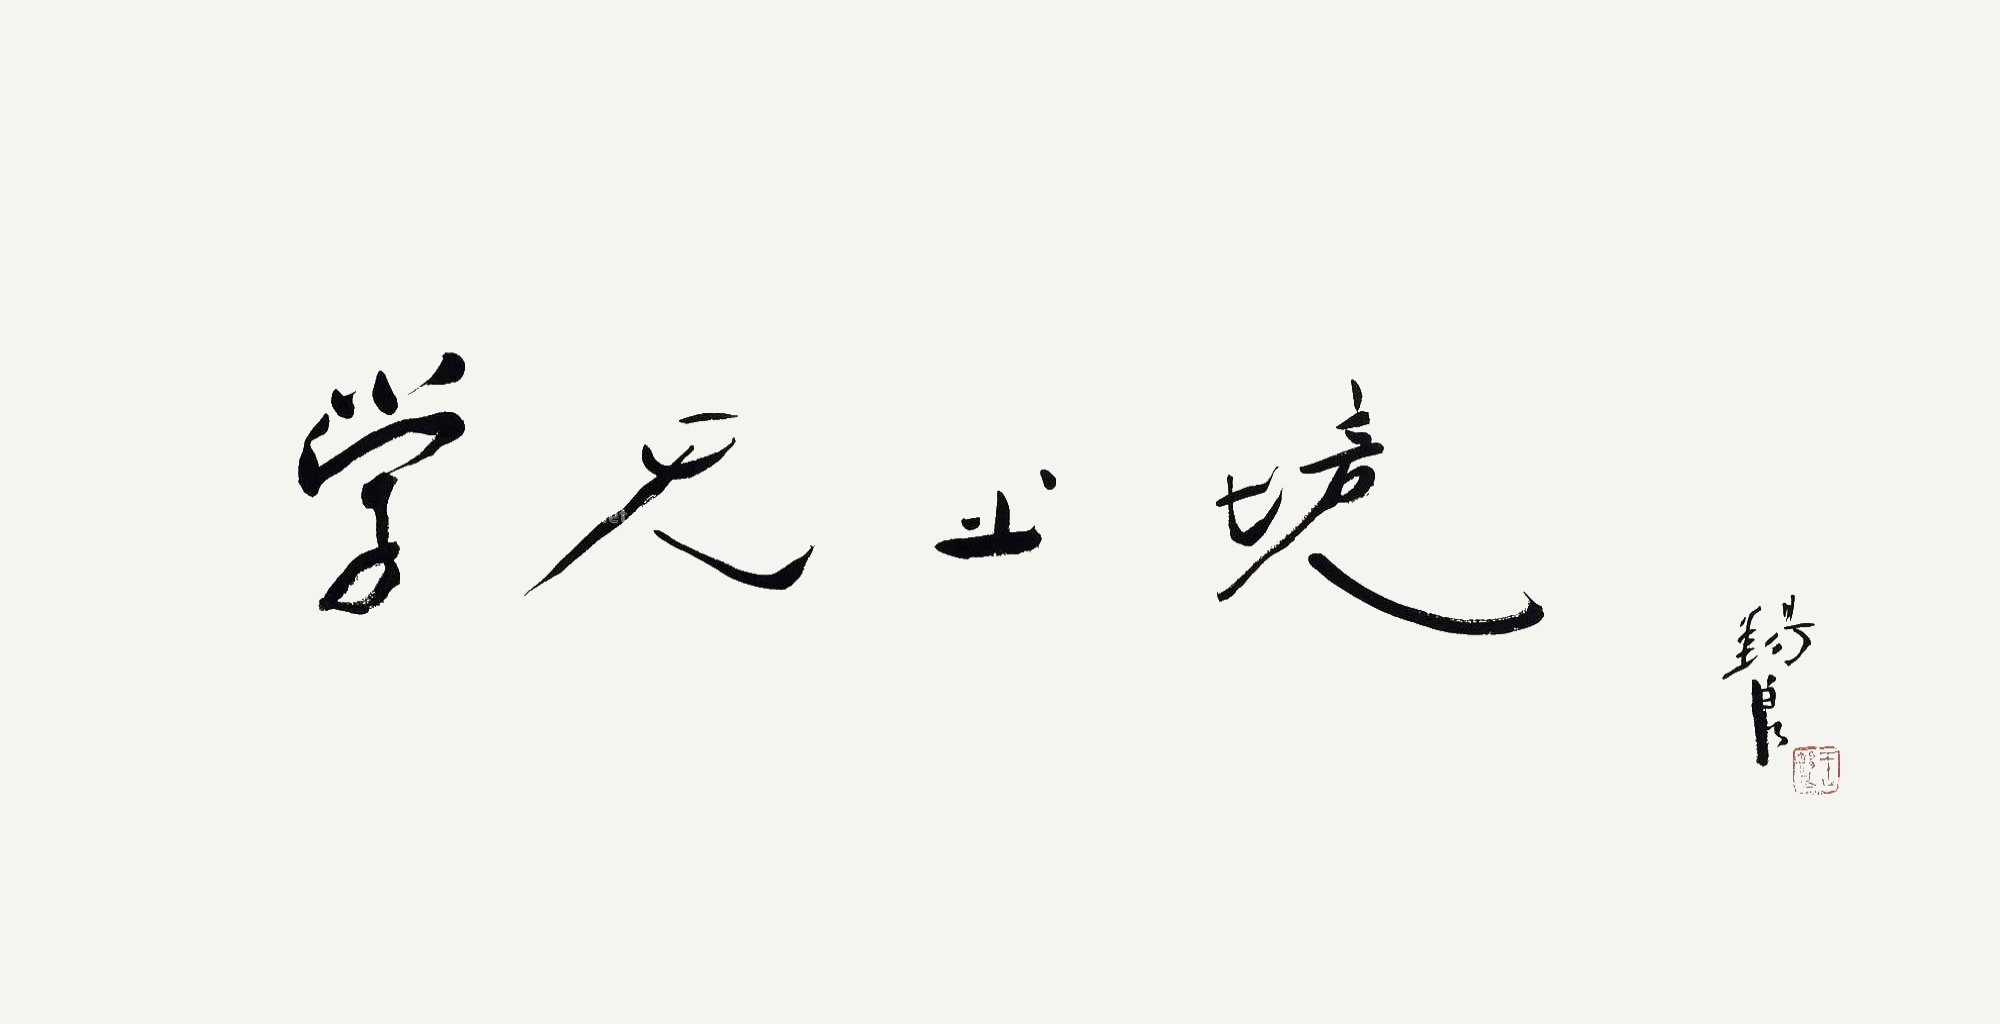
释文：学无止境。锡良。